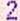
2